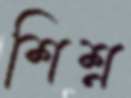
শিশ্ন